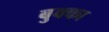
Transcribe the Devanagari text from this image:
बुक्‍का